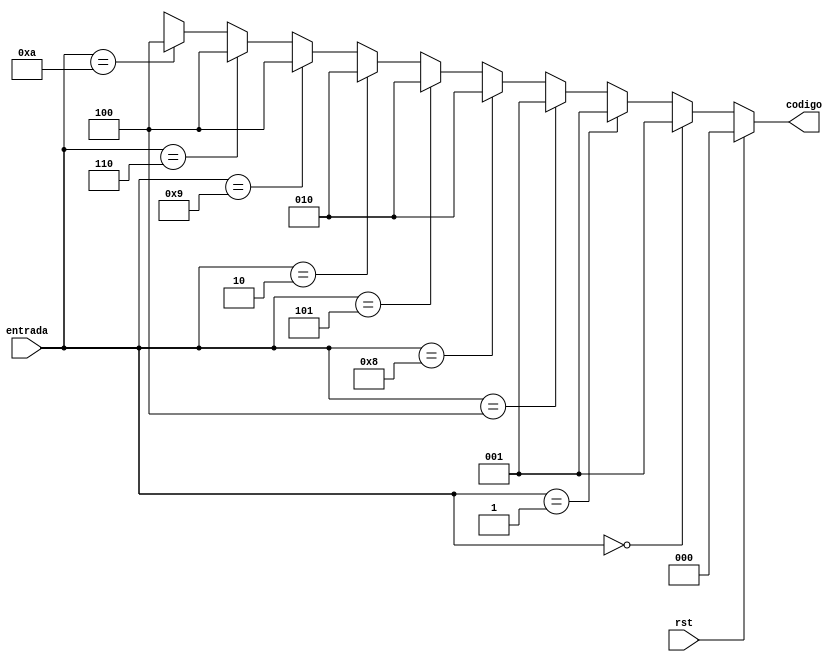
module codificador_inferencia (codigo, entrada, rst);// EN);

	    input      [3:0]   entrada;
		 input rst;// EN;
        output reg [2:0]   codigo;
       
        always @(entrada)
		  if (rst) codigo = 3'b000;
		  else //if (EN)
          begin
              if(entrada == 4'b0000) codigo = 3'b001; else
              if(entrada == 4'b0001) codigo = 3'b001; else        
              if(entrada == 4'b0100) codigo = 3'b001; else
              if(entrada == 4'b1000) codigo = 3'b010; else   
	           if(entrada == 4'b0101) codigo = 3'b010; else
              if(entrada == 4'b0010) codigo = 3'b010; else  
              if(entrada == 4'b1001) codigo = 3'b100; else 
              if(entrada == 4'b0110) codigo = 3'b100; else 				  
              if(entrada == 4'b1010) codigo = 3'b100;  
              else codigo = 3'bx;
          end 
                
endmodule